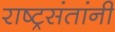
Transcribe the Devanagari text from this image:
राष्ट्रसंतांनी